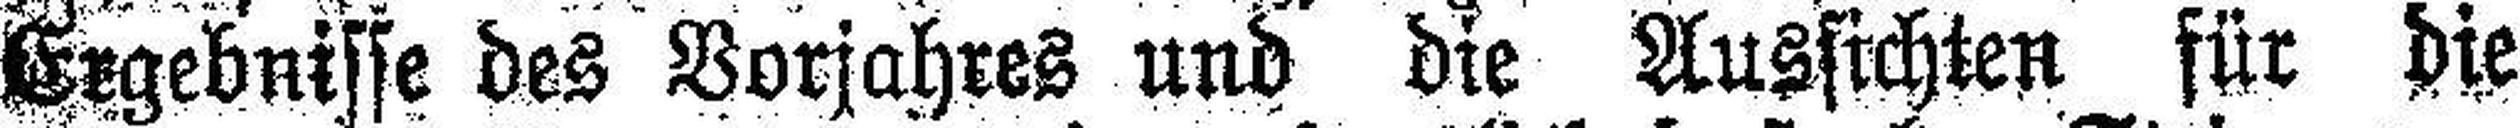
Ergebnisse des Vorjahres und die Aussichten für die